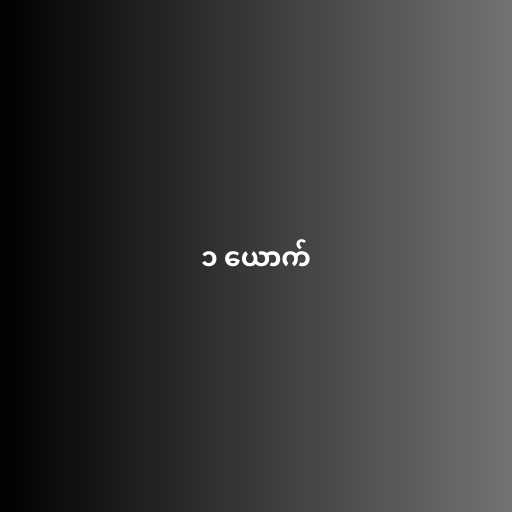
၁ ယောက်